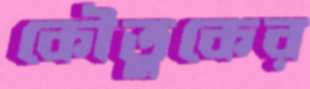
কৌতুকের